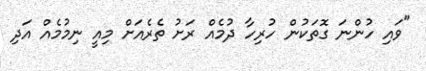
"ވައި ހުންނަ ގޮތަކުން ހުރިހާ ދުމެއް ރަށު ތެރެއަށް މިއީ ނިމުމެއް އަދި